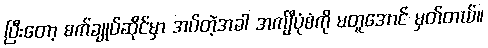
ပြီးတော့ စက်ချုပ်ဆိုင်မှာ အပ်တဲ့အခါ အင်္ကျီပုံစံကို မတူအောင် မှတ်တယ်။